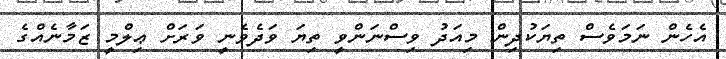
އެހެން ނަމަވެސް ތިޔަކުދިން މިއަދު ވިސްނަންވީ ތިޔަ ވަދެވެނީ ވަރަށް ޢިލްމީ ޒަމާނެއްގެ